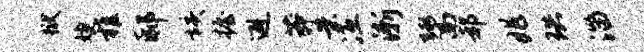
狱婕稚邸垓握避莽案冱渐鬻郝兆珙淄